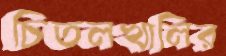
চিতলখালির